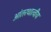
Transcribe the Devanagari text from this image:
आंतरधात्वीय